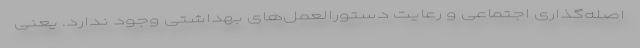
اصله‌گذاری اجتماعی و رعایت دستورالعمل‌های بهداشتی وجود ندارد. یعنی